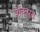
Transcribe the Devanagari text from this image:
शंकपूत